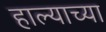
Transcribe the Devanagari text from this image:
हाल्याच्या